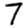
Digit: 7